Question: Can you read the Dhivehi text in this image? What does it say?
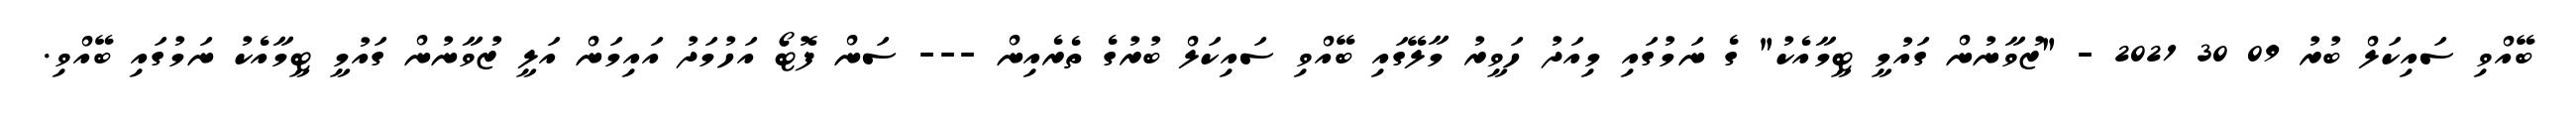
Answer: ބޭއްވި ސައިކަލް ބުރު 09 30 2021 - "ޒުވާނުން ގައުމީ ޓީމާއެކު" ގެ ނަމުގައި މިއަދު ހަވީރު މާލޭގައި ބޭއްވި ސައިކަލް ބުރުގެ ތެރެއިން --- ސަން ފޮޓޯ އަހުމަދު އައިމަން އަލީ ޒުވާނުން ގައުމީ ޓީމާއެކު ނަމުގައި ބޭއްވި.